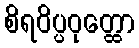
စိရဝိပ္ပဝုတ္ထော